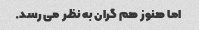
اما هنوز هم گران به نظر می رسد.